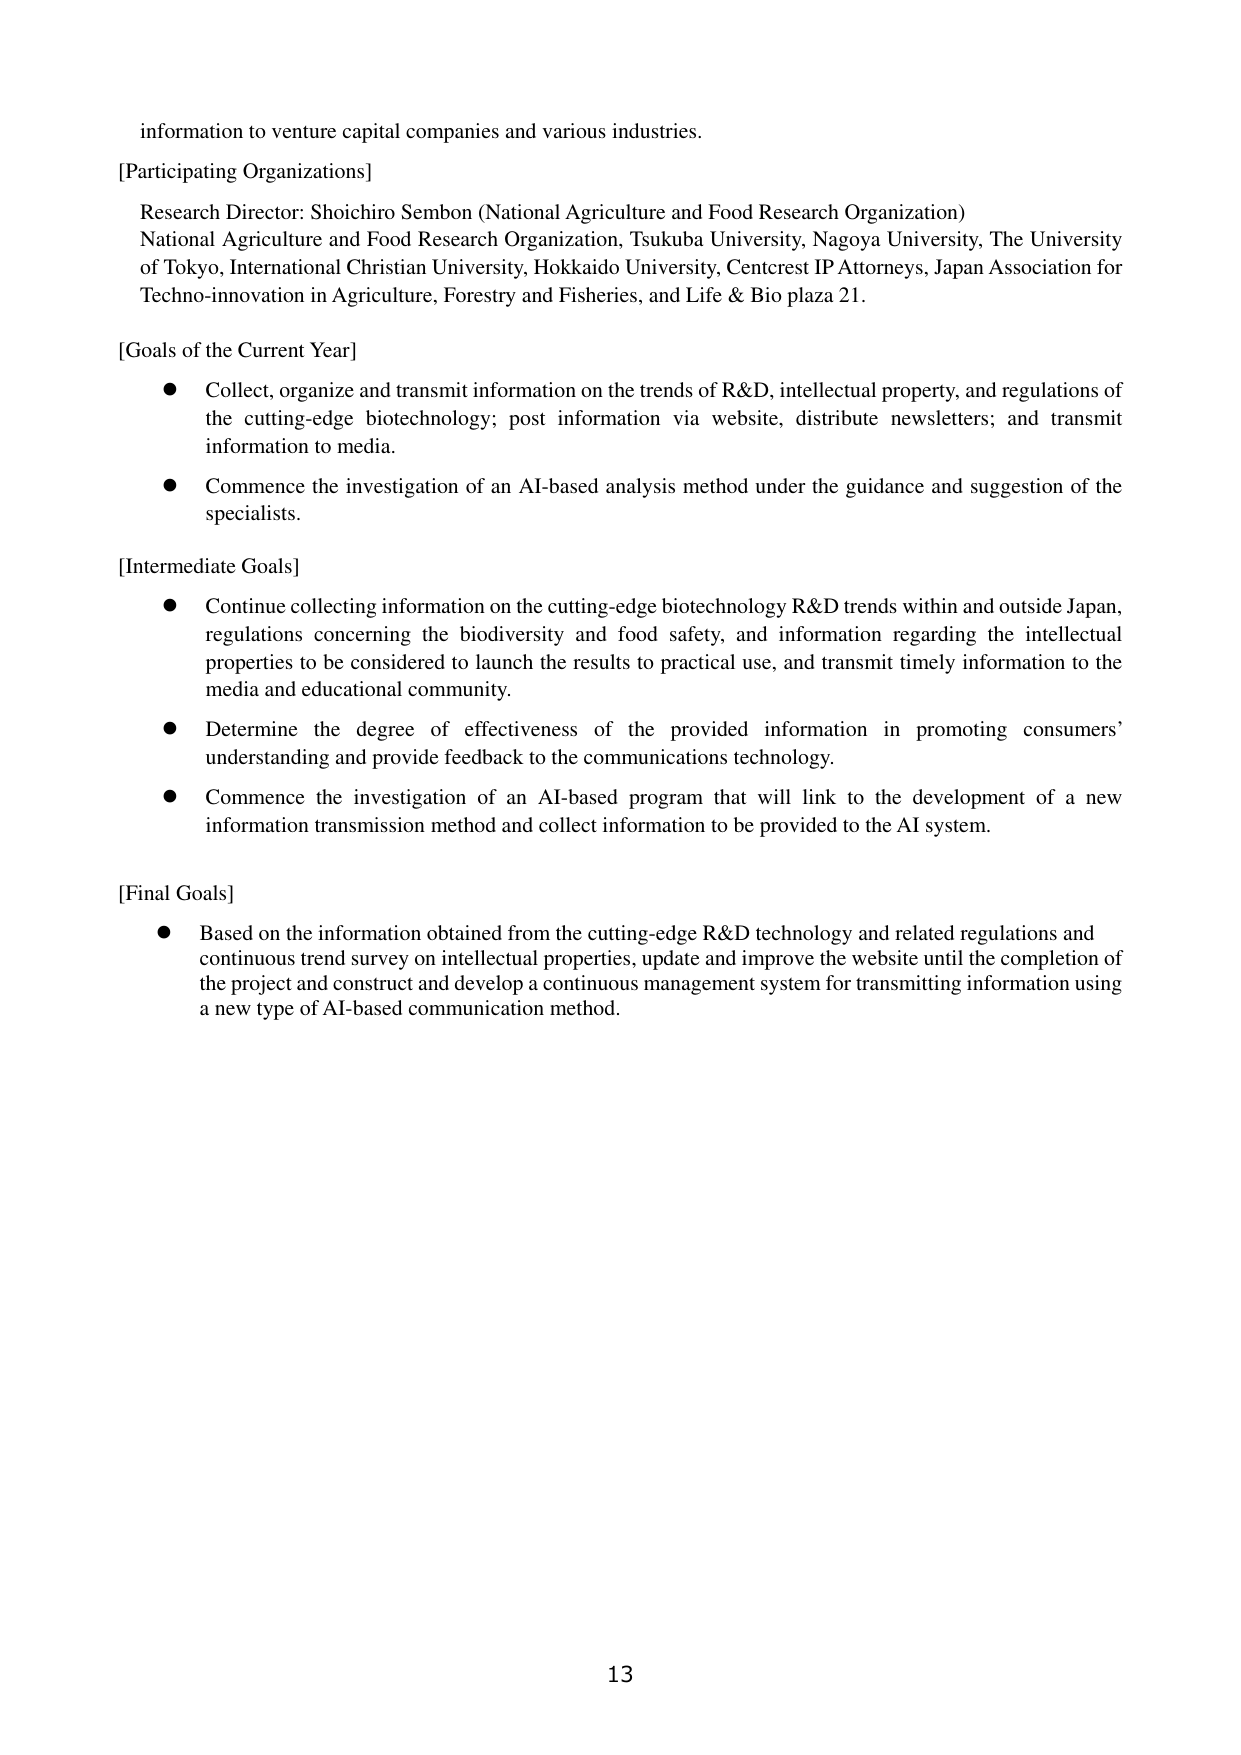
information to venture capital companies and various industries.

[Participating Organizations]
Research Director: Shoichiro Sembou (National Agriculture and Food Research Organization)
National Agriculture and Food Research Organization, Tsukuba University, Nagoya University, The University of Tokyo, International Christian University, Hokkaido University, Centrest IP Attorneys, Japan Association for Techno-innovation in Agriculture, Forestry and Fisheries, and Life & Bio plaza 21.

[Goals of the Current Year]
● Collect, organize and transmit information on the trends of R&D, intellectual property, and regulations of the cutting-edge biotechnology; post information via website, distribute newsletters; and transmit information to media.
● Commence the investigation of an AI-based analysis method under the guidance and suggestion of the specialists.

[Intermediate Goals]
● Continue collecting information on the cutting-edge biotechnology R&D trends within and outside Japan, regulations concerning the biodiversity and food safety, and information regarding the intellectual properties to be considered to launch the results to practical use, and transmit timely information to the media and educational community.
● Determine the degree of effectiveness of the provided information in promoting consumers’ understanding and provide feedback to the communications technology.
● Commence the investigation of an AI-based program that will link to the development of a new information transmission method and collect information to be provided to the AI system.

[Final Goals]
● Based on the information obtained from the cutting-edge R&D technology and related regulations and continuous trend survey on intellectual properties, update and improve the website until the completion of the project and construct and develop a continuous management system for transmitting information using a new type of AI-based communication method.

13